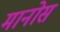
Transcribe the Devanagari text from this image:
मानोस